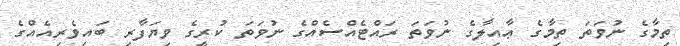
ތިމާގެ ނުވަތަ ތިމާގެ ޢާއިލާގެ ނުވަތަ ރައްޓެއްސެއްގެ ނުވަތަ ކުރީގެ ވިޔަފާރި ބައިވެރިއެއްގެ